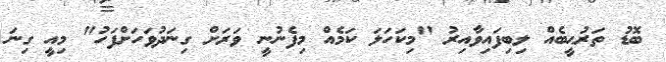
ބޮޑު ތަރުޙީބެއް ލިބިފައިވާއިރު "މިކަހަލަ ކަމެއް މިފެނުނީ ވަރަށް ގިނަދުވަހަށްފަހު" މިއީ ގިނަ